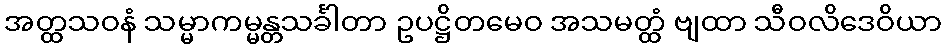
အတ္ထသဝနံ သမ္မာကမ္မန္တသင်္ခါတာ ဥပဋ္ဌိတမေဝ အသမတ္ထံ ဗျထာ သီဝလိဒေဝိယာ